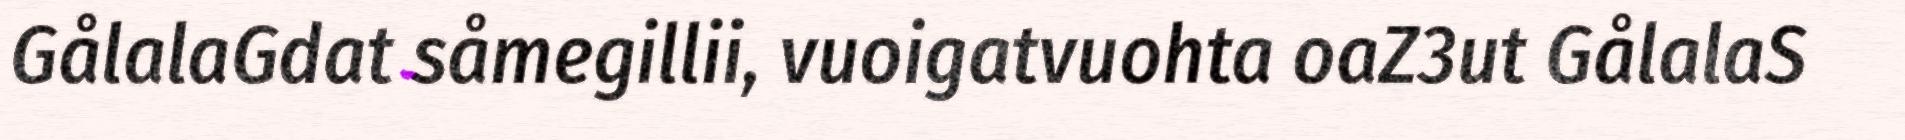
GålalaGdat såmegillii, vuoigatvuohta oaZ3ut GålalaS